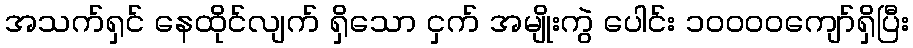
အသက်ရှင် နေထိုင်လျက် ရှိသော ငှက် အမျိုးကွဲ ပေါင်း ၁၀၀၀၀ကျော်ရှိပြီး